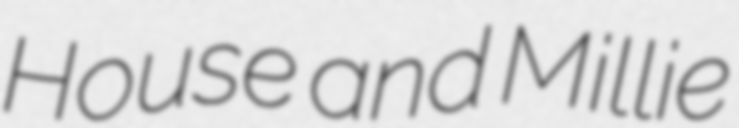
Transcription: House and Millie